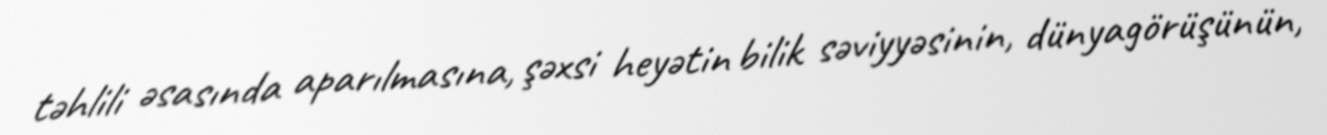
təhlili əsasında aparılmasına, şəxsi heyətin bilik səviyyəsinin, dünyagörüşünün,